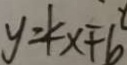
y = k x + b